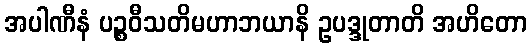
အပါဏီနံ ပဉ္စဝီသတိမဟာဘယာနိ ဥပဒ္ဒုတာတိ အဟိတော